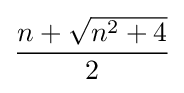
{\frac {n+{\sqrt {n^{2}+4}}}{2}}